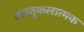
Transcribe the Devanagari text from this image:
वास्तुकलात्मक